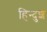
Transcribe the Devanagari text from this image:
हिन्दुश